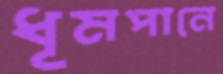
ধূমপানে